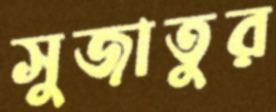
সুজাতুর